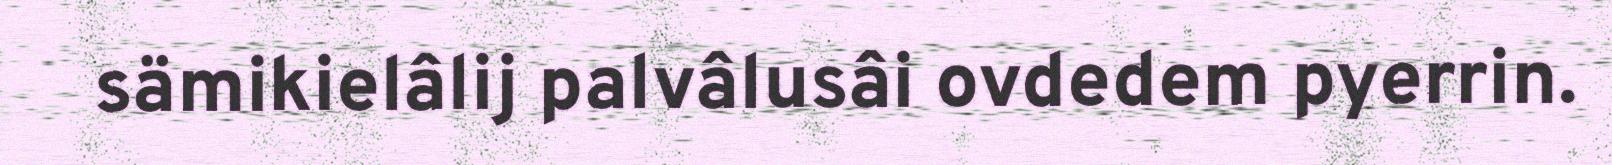
sämikielâlij palvâlusâi ovdedem pyerrin.